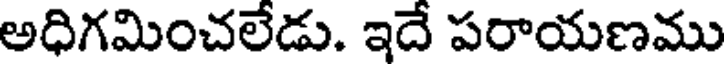
అధిగమించలేడు. ఇదే పరాయణము